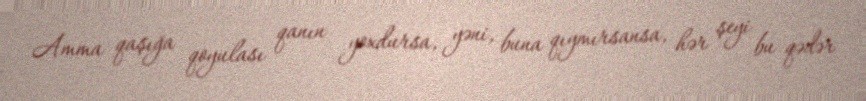
Amma qaşığa qoyulası qanın yoxdursa, yəni, buna qıymırsansa, hər şeyi bu qədər